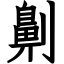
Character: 劓